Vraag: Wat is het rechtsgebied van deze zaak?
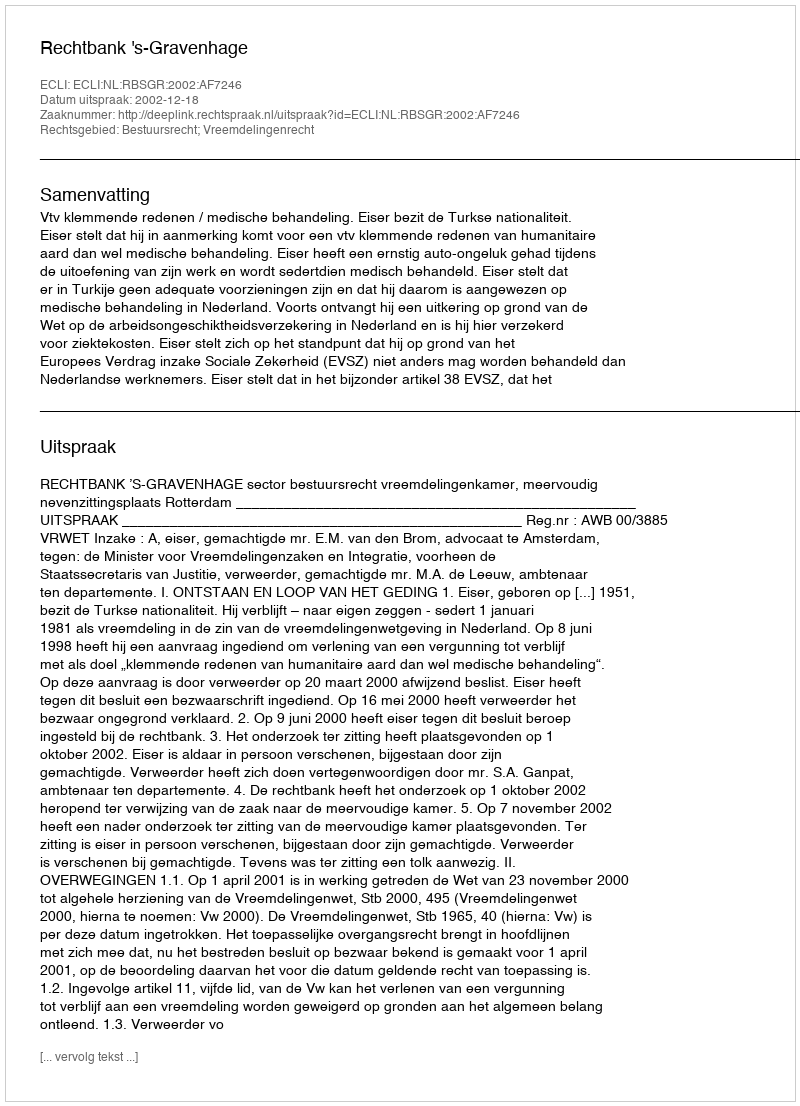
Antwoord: Bestuursrecht; Vreemdelingenrecht